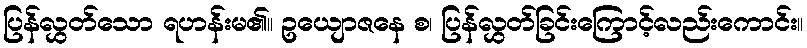
ပြန်လွှတ်သော ရဟန်းမ၏။ ဥယျောဇနေ စ၊ ပြန်လွှတ်ခြင်းကြောင့်လည်းကောင်း။